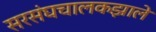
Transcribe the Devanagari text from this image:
सरसंघचालकझाले